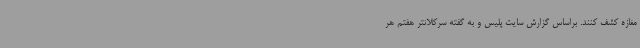
مغازه کشف کنند. براساس گزارش سایت پلیس و به گفته سرکلانتر هفتم هر